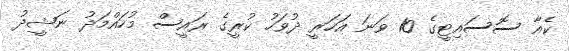
ކެއާ ސޮސައިޓީގެ 10 ވަނަ އަހަރީ ދުވަހު ކުރީގެ ރައީސް މުހައްމަދު ނަޝީދު